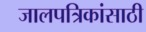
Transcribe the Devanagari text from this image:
जालपत्रिकांसाठी